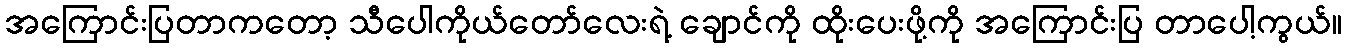
အကြောင်းပြတာကတော့ သီပေါကိုယ်တော်လေးရဲ့ ချောင်ကို ထိုးပေးဖို့ကို အကြောင်းပြ တာပေါ့ကွယ်။